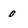
Character: 0